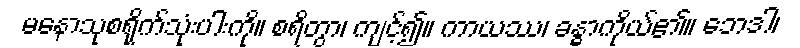
မနောသုစရိုက်သုံးပါးကို။ စရိတွာ၊ ကျင့်၍။ ကာယဿ၊ ခန္ဓာကိုယ်၏။ ဘေဒါ၊